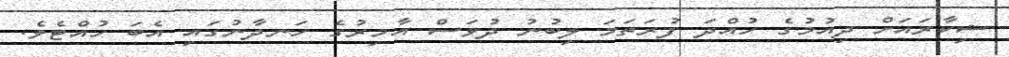
ޝިކާރައަށް ދިއުމުގެ ހުއްދަ ފުރަތަމަ ލިބުނު ދުވަސް އާމިރުގެ ހަނދާނުގައި އެބަ ހުއްޓެވެ.